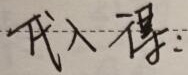
代入得：